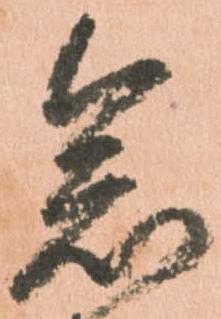
念